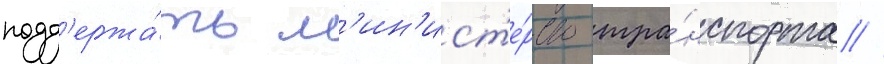
подд'ержа́ть м'ин'ист'е́рство тра́нспорта //